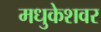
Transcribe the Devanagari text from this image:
मधुकेशवर